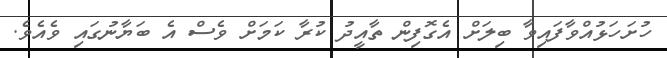
ހުށަހަޅުއްވާފައިވާ ބިލަށް އެގޮފިން ތާއީދު ކުރާ ކަމަށް ވެސް އެ ބަޔާނުގައި ވެއެވެ.